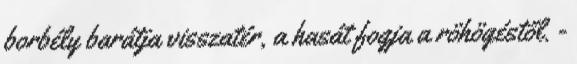
borbély barátja visszatér, a hasát fogja a röhögéstől. -